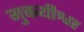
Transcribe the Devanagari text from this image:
मुक्तयीश्वर